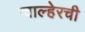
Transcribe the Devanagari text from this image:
ग्वाल्हेरची